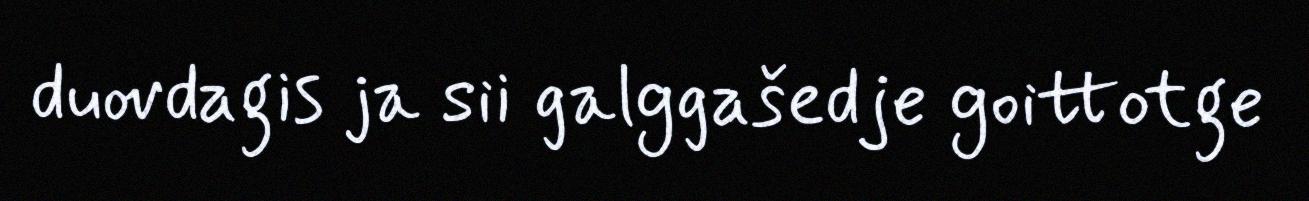
duovdagis ja sii galggašedje goittotge